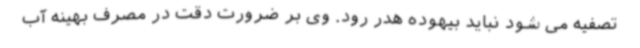
تصفیه می شود نباید بیهوده هدر رود. وی بر ضرورت دقت در مصرف بهینه آب